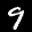
Label: 9